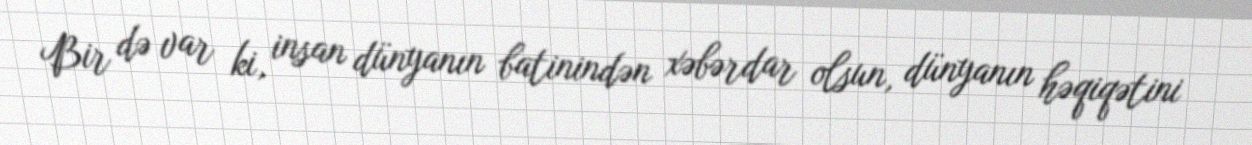
Bir də var ki, insan dünyanın batinindən xəbərdar olsun, dünyanın həqiqətini